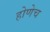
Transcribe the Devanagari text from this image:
होणेच